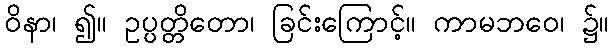
ဝိနာ၊ ၍။ ဥပ္ပတ္တိတော၊ ခြင်းကြောင့်။ ကာမဘဝေ၊ ၌။